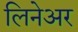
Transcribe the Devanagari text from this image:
लिनेअर